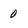
Character: 0